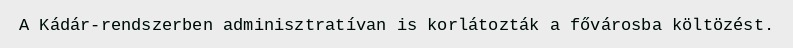
A Kádár-rendszerben adminisztratívan is korlátozták a fővárosba költözést.